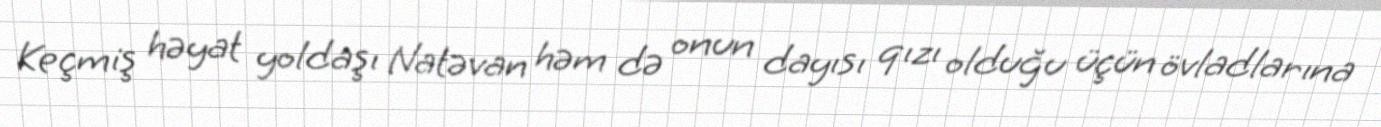
Keçmiş həyat yoldaşı Natəvan həm də onun dayısı qızı olduğu üçün övladlarına